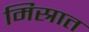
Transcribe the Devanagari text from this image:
मिस्रात